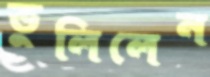
ভুলিলেন